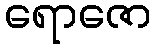
ရောဇော